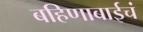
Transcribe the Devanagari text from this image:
बहिणाबाईचं